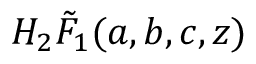
H _ { 2 } \tilde { F } _ { 1 } ( a , b , c , z )